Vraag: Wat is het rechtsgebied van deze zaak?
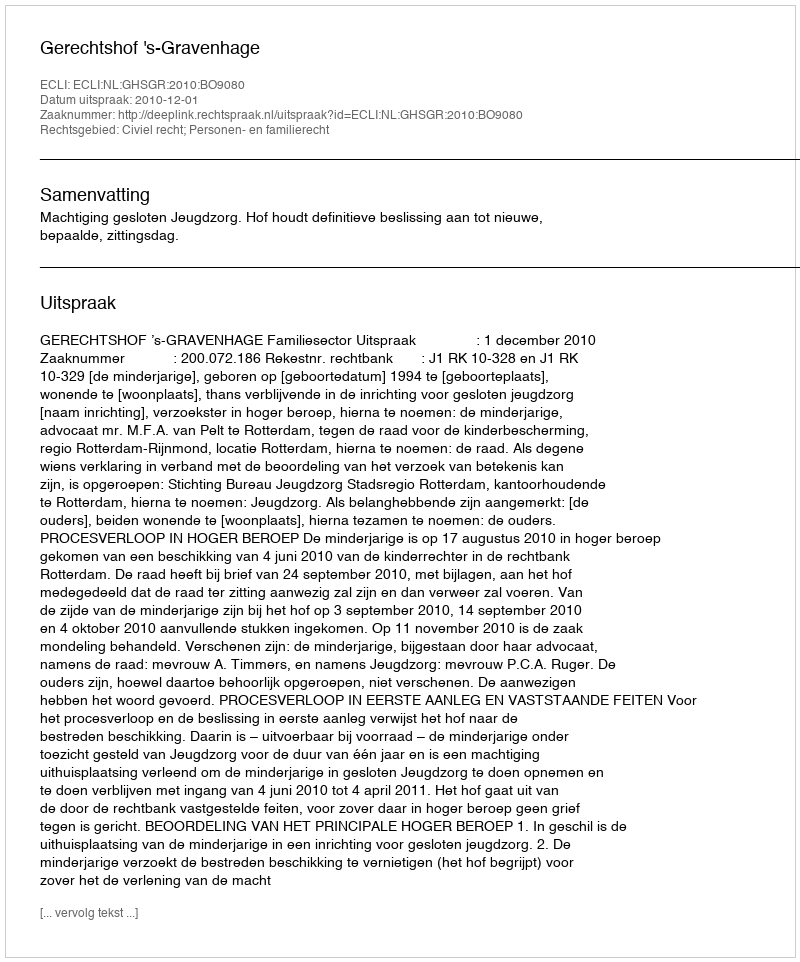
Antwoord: Civiel recht; Personen- en familierecht